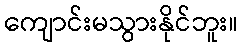
ကျောင်းမသွားနိုင်ဘူး။